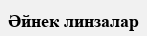
Әйнек линзалар